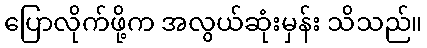
ပြောလိုက်ဖို့က အလွယ်ဆုံးမှန်း သိသည်။